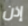
إذن